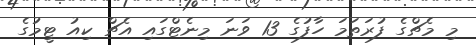
މި މެޗްގެ ފުރަތަމަ ހާފުގެ 13 ވަނަ މިނެޓްގައި އެޗް ކިއު ޓީމުގެ